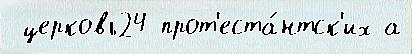
 церковь24 прот'еста́нтск'их а